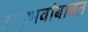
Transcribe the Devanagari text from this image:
अनुभवांबाबत